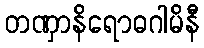
တဏှာနိရောဓဂါမိနီ